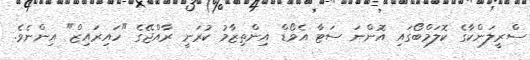
ސްރީލަންކާގެ ކޮލަމްބޯގައި އޮންނަ ސަޓާ އެވޯޑް އިންތިޒާމު ކުރަނީ ރާއްޖޭގެ "ހައިރައިޒް" އިންނެވެ.